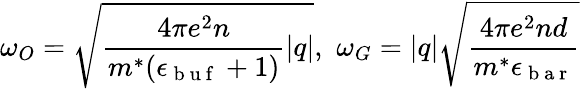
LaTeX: \omega_{O}=\sqrt{\frac{4\pi e^{2}n}{m^{*}(\epsilon_{{\mathrm{~b~u~f~}}}+1)}|q|},\, \, \omega_{G}=|q|\sqrt{\frac{4\pi e^{2}nd}{m^{*}\epsilon_{\mathrm{~b~a~r~}}}}